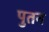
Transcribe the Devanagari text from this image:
पुतन